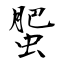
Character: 蜰